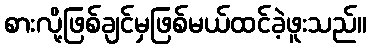
စားလို့ဖြစ်ချင်မှဖြစ်မယ်ထင်ခဲ့ဖူးသည်။